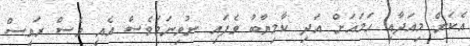
އެކަން މިއަދާއި ހަމައަށް އަދި ކާމިޔާބު ވެފައި ނުވިނަމަވެސް އެއީ ވެސް ރައީސް